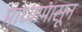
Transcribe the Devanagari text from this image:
माध्यापासून